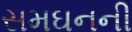
સમઘનની